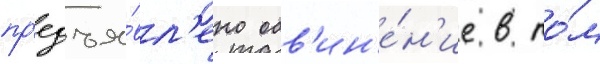
пр'едъя́вл'ено обв'ин'е́н'ие в то́м